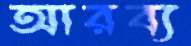
আরব্য